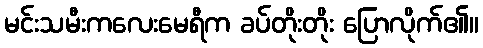
မင်းသမီးကလေးမေရီက ခပ်တိုးတိုး ပြောလိုက်၏။